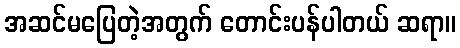
အဆင်မပြေတဲ့အတွက် တောင်းပန်ပါတယ် ဆရာ။